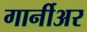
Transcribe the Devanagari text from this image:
गार्नीअर